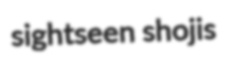
sightseen shojis